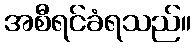
အစီရင်ခံရသည်။